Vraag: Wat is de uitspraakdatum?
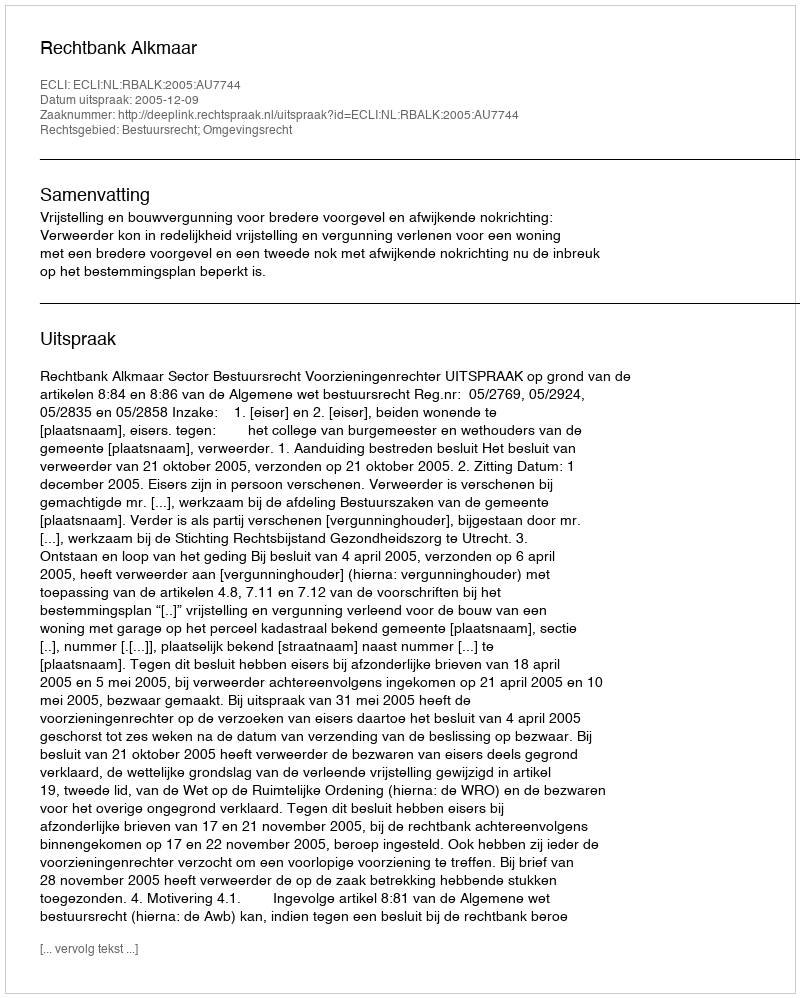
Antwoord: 2005-12-09